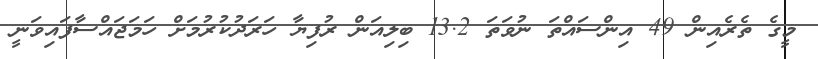
މީގެ ތެރެއިން 49 އިންސައްތަ ނުވަތަ 13.2 ބިލިއަން ރުފިޔާ ހަރަދުކުރުމަށް ހަމަޖައްސާފައިވަނީ